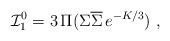
LaTeX: \begin{align*}{\cal I}^0_1= 3\,\Pi(\Sigma\overline{\Sigma}\,e^{-K/3})\ ,\end{align*}